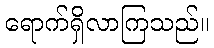
ရောက်ရှိလာကြသည်။